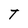
Character: T